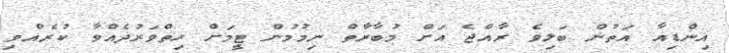
އިންޑިއާ އަތުން ބަލިވެ ރާއްޖެ އަށް މުބާރާތް ނިމުމުން ޓީމަށް ހިތްވަރުދެއްވާ ކުރެއްވި